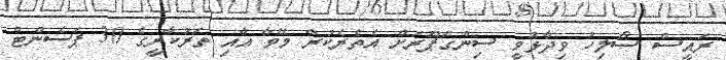
ރައީސް ސޯލިހު ވިިދާޅުވީ ސިންގަޕޫރަށް އެތެރެކުރާ މޭވާ އާއި ތަރުކާރީގެ 30 ޕަސެންޓް